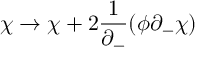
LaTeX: \chi \rightarrow \chi + 2 \frac { 1 } { \partial _ { - } } ( \phi \partial _ { - } \chi )